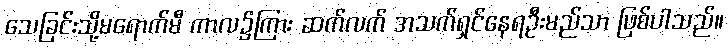
သေခြင်းသို့မရောက်မီ ကာလ၌ကြား ဆက်လက် အသက်ရှင်နေရဦးမည်သာ ဖြစ်ပါသည်။